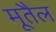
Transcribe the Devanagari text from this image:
मूतैल